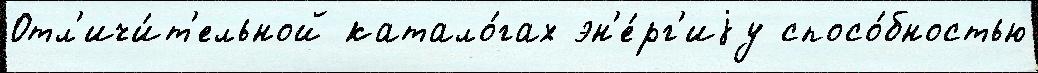
Отл'ичи́т'ельной катало́гах эн'е́рг'иjу спосо́бностью